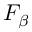
F _ { \beta }